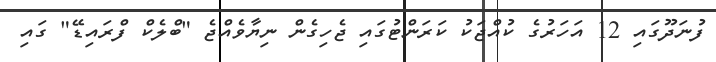
ފުނަދޫގައި 12 އަހަރުގެ ކުއްޖަކު ކަރަންޓުގައި ޖެހިގެން ނިޔާވެއްޖެ "ބްލެކް ފްރައިޑޭ" ގައި